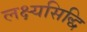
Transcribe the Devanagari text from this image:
लक्ष्यसिद्धि